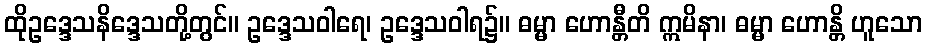
ထိုဥဒ္ဒေသနိဒ္ဒေသတို့တွင်။ ဥဒ္ဒေသဝါရေ၊ ဥဒ္ဒေသဝါရ၌။ ဓမ္မာ ဟောန္တီတိ ဣမိနာ၊ ဓမ္မာ ဟောန္တိ ဟူသော